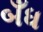
બઁધ